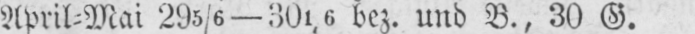
April⸗Mai 295/6-301/6 bez. und B., 30 G.